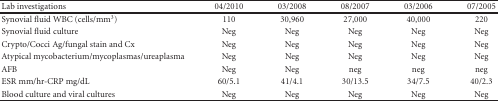
<table><thead><tr><td><b>Lab investigations</b></td><td><b>04/2010</b></td><td><b>03/2008</b></td><td><b>08/2007</b></td><td><b>03/2006</b></td><td><b>07/2005</b></td></tr></thead><tbody><tr><td>Synovial fluid WBC (cells/mm<sup>3</sup>)</td><td>110</td><td>30,960</td><td>27,000</td><td>40,000</td><td>220</td></tr><tr><td>Synovial fluid culture</td><td> Neg</td><td> Neg</td><td>Neg</td><td>Neg</td><td>Neg</td></tr><tr><td>Crypto/Cocci Ag/fungal stain and Cx</td><td> Neg</td><td> Neg</td><td>Neg</td><td>Neg</td><td>Neg</td></tr><tr><td>Atypical mycobacterium/mycoplasmas/ureaplasma</td><td> Neg</td><td> Neg</td><td>Neg</td><td>Neg</td><td>Neg</td></tr><tr><td>AFB</td><td> Neg</td><td> Neg</td><td>neg</td><td>neg</td><td>neg</td></tr><tr><td>ESR mm/hr-CRP mg/dL</td><td>60/5.1</td><td>41/4.1</td><td>30/13.5</td><td>34/7.5</td><td>40/2.3</td></tr><tr><td>Blood culture and viral cultures</td><td>Neg</td><td>Neg</td><td>Neg</td><td>Neg</td><td>Neg</td></tr></tbody></table>